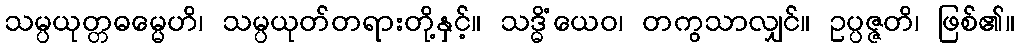
သမ္ပယုတ္တဓမ္မေဟိ၊ သမ္ပယုတ်တရားတို့နှင့်။ သဒ္ဓိံယေဝ၊ တကွသာလျှင်။ ဥပ္ပဇ္ဇတိ၊ ဖြစ်၏။